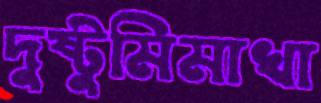
দুষ্টুমিমাখা